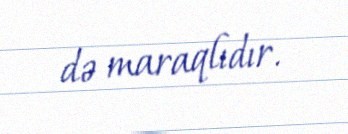
də maraqlıdır.